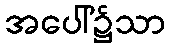
အပေါ်၌သာ